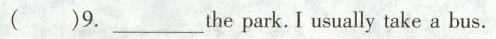
( )9.___the park. I usually take a bus.